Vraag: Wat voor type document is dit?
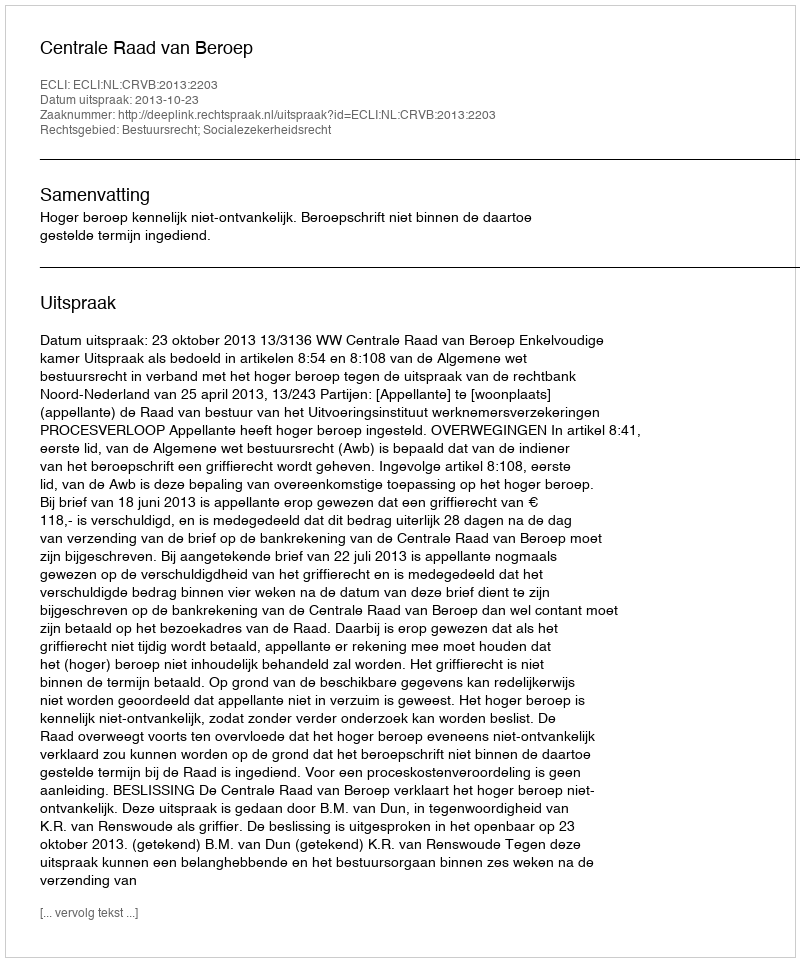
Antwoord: Uitspraak